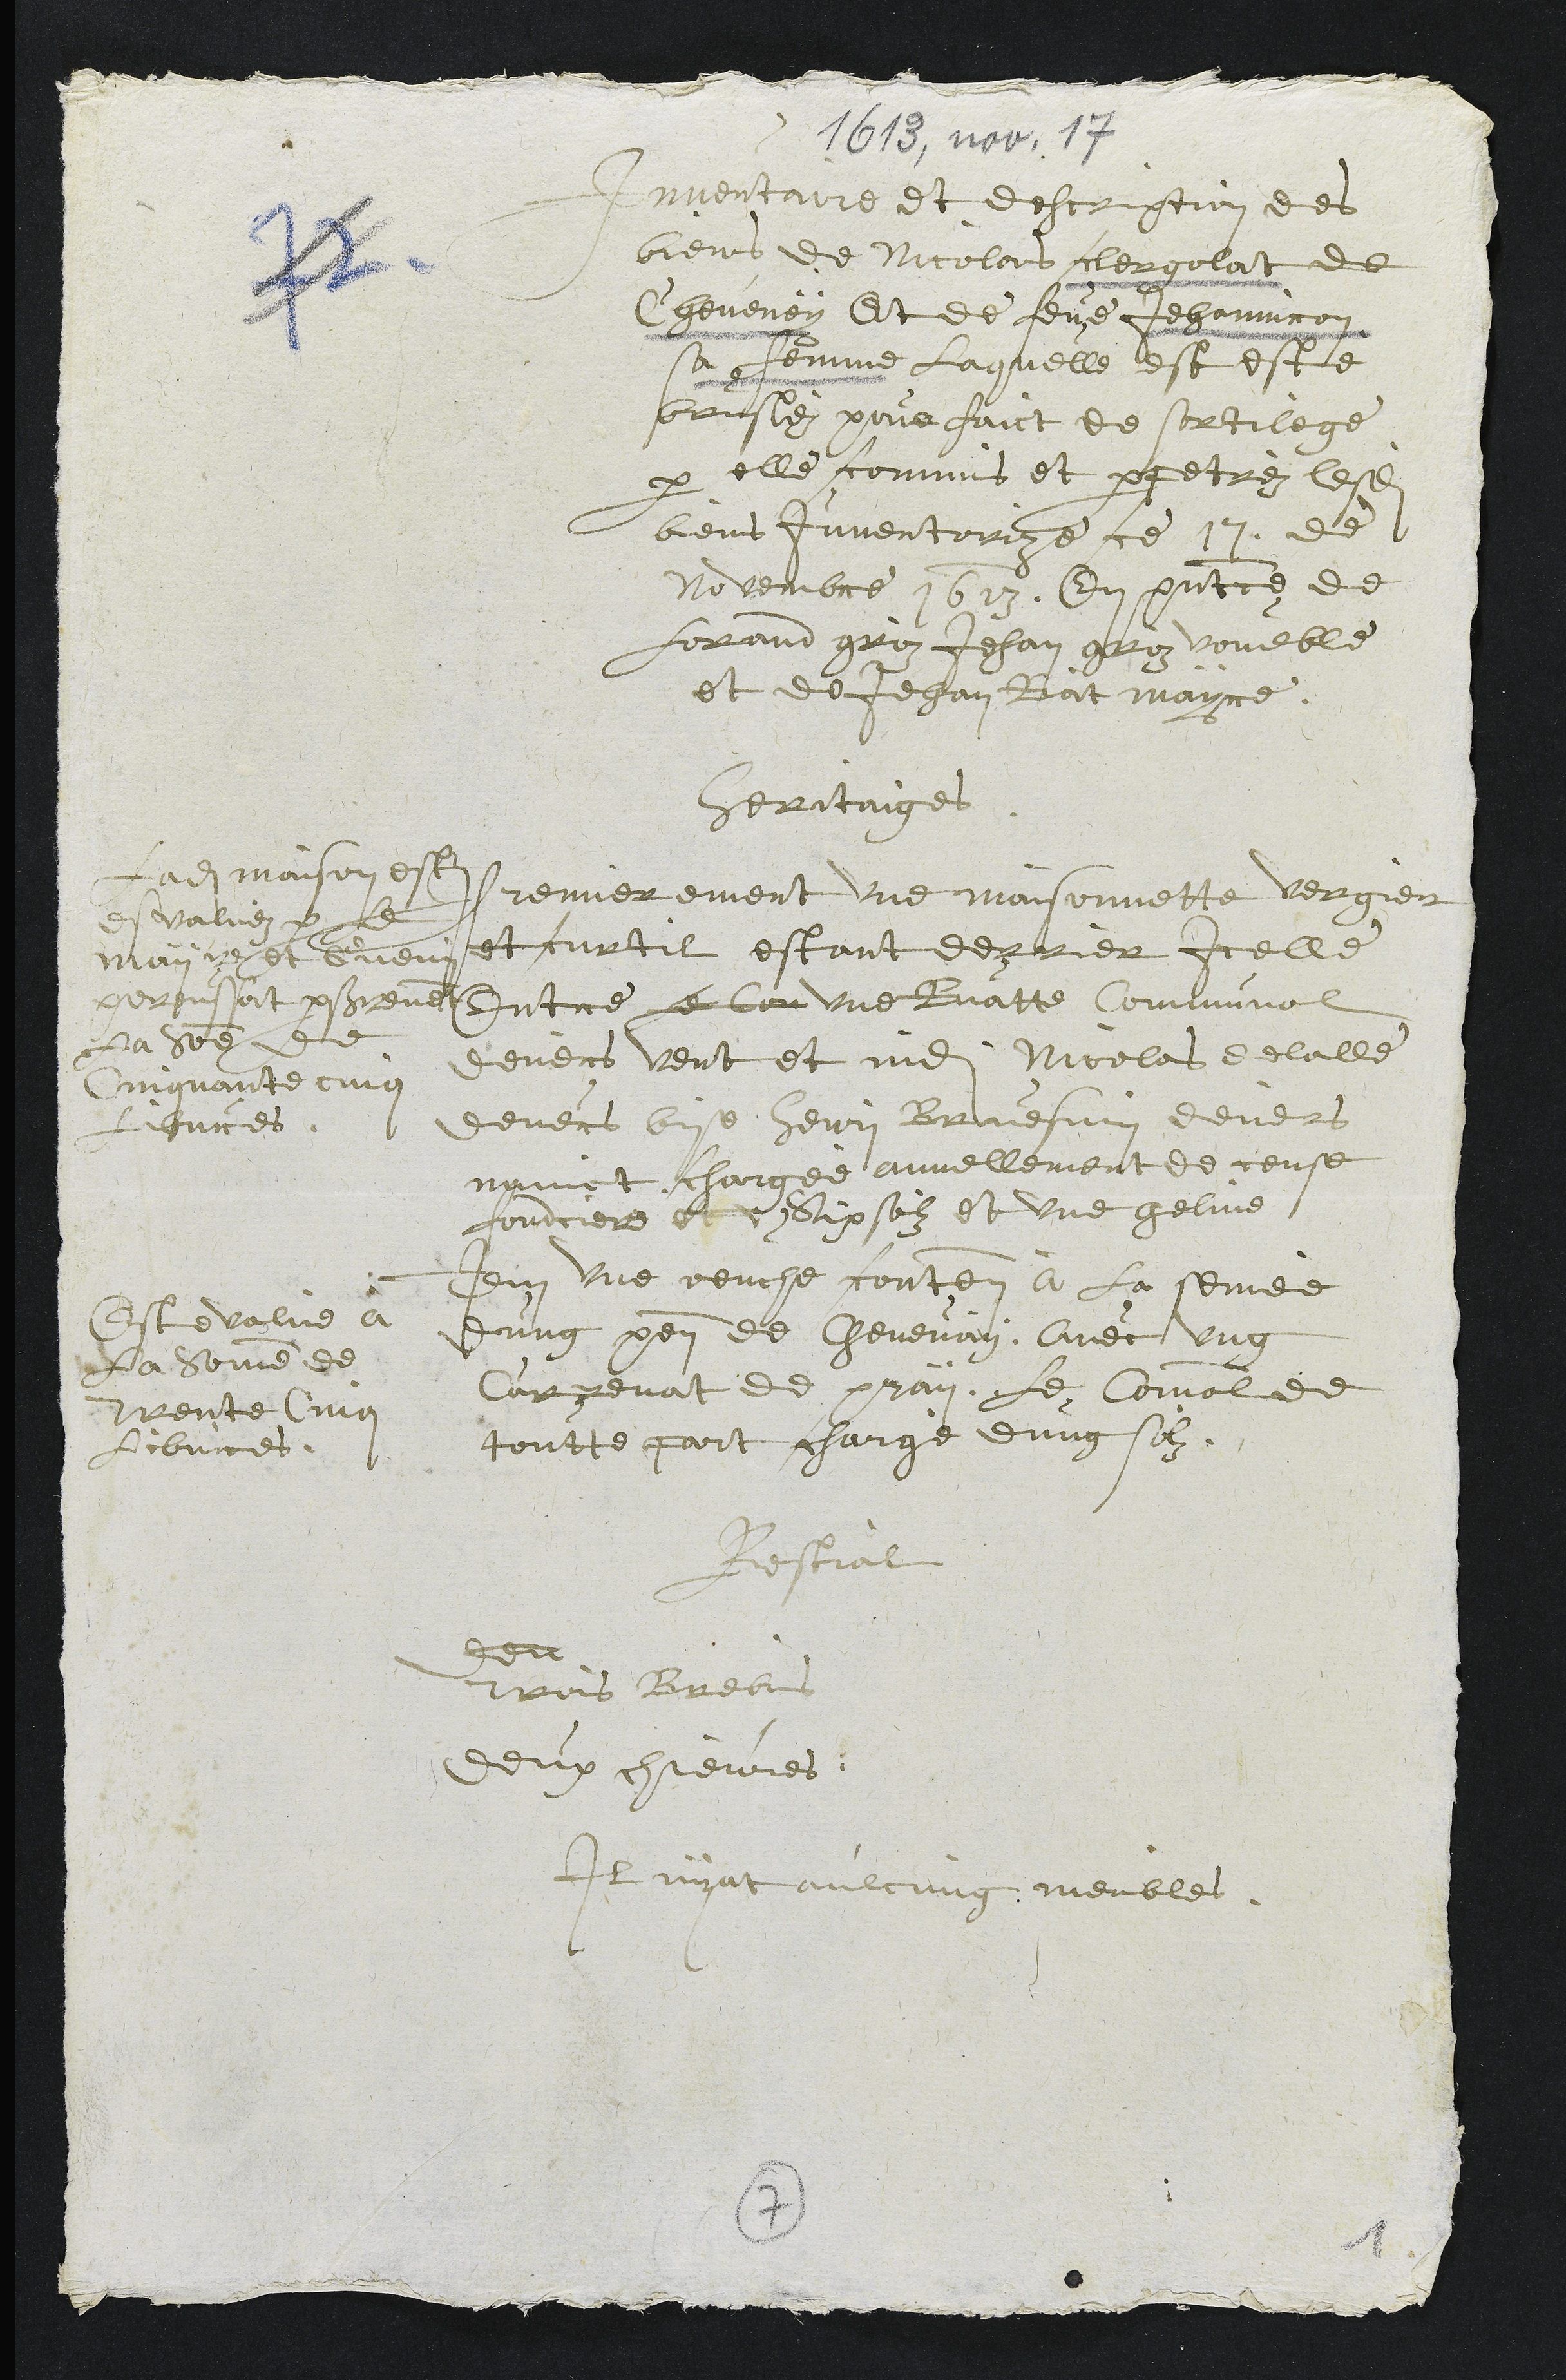
Inventaire et descopt des
biens de Nicolas Rergolat de
Cheveney Et de feue Jehanniron
sa femme laquelle est este
bruslez pour faict de sortilege
par elle commis et perpetrez lesdits
biens inventoriez ce 17 de
Novembre 1613. En presentce de
Forand groz Jehan groz voueble
et de Jehan Rat mayre.
Heritaige
Ladite maison estoit
esvallez le
may 15et bien
dorpulat perserement
La Ser de
Cingnante cinq
Leures.
Premierement une maisonnette vergier
et curtil estant derrier icelle
Entre le lon une fuatte Communal
devens vent et ne Nicolas delalle
devers le henri Bresain devers
menoit chargee annellement de ceuse
fourciere et et six solz et une geline,
Et volue a
la Seine de
vente ce
libvres.
Item une peuche conten a la semee
dung pen de Chevenay avec ung
Curgenat de pray le Comalade
toutte part charge dung silz
Bestial
a
trois Brebi
deux chievres.
Il nyat aulcung meubles.